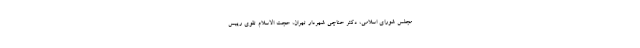
مجلس شورای اسلامی، دکتر حناچی شهردار تهران، حجت الاسلام تقوی رییس